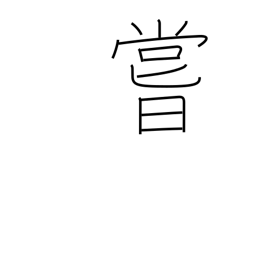
Meaning: ever